On the importance of larval characters in the classification of mosquitoes - Number 25
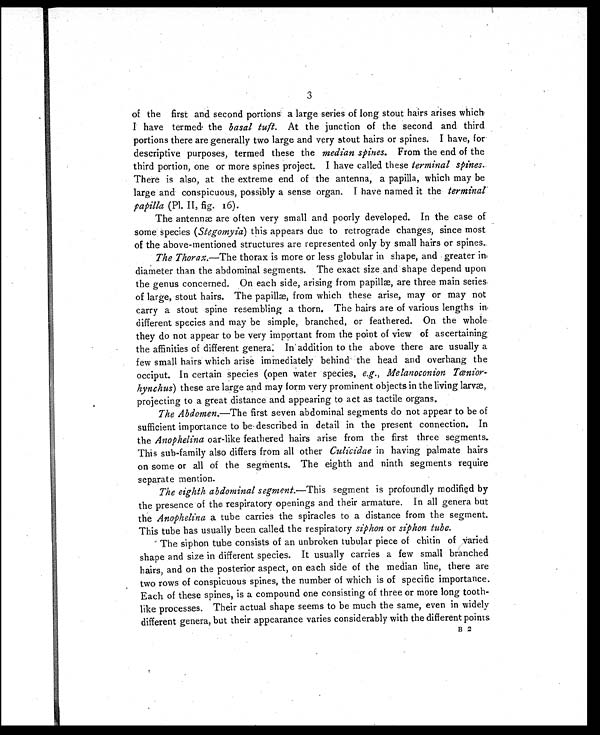
3
of the first and second portions a large series of long stout hairs arises which
I have termed the basal tuft. At the junction of the second and third
portions there are generally two large and very stout hairs or spines. I have, for
descriptive purposes, termed these the median spines. From the end of the
third portion, one or more spines project. I have called these terminal spines.
There is also, at the extreme end of the antenna, a papilla, which may be
large and conspicuous, possibly a sense organ. I have named it the terminal
papilla (Pl. II, fig. 16).
The antennæ are often very small and poorly developed. In the case of
some species ( Stegomyia) this appears due to retrograde changes, since most
of the above-mentioned structures are represented only by small hairs or spines.
The Thorax. —The thorax is more or less globular in shape, and greater in
diameter than the abdominal segments. The exact size and shape depend upon
the genus concerned. On each side, arising from papillæ, are three main series
of large, stout hairs. The papillæ, from which these arise, may or may not
carry a stout spine resembling a thorn. The hairs are of various lengths in
different species and may be simple, branched, or feathered. On the whole
they do not appear to be very important from the point of view of ascertaining
the affinities of different genera. In addition to the above there are usually a
few small hairs which arise immediately behind the head and overhang the
occiput. In certain species (open water species, e.g., Melanoconion Tænior-
hynchus) these are large and may form very prominent objects in the living larvæ,
projecting to a great distance and appearing to act as tactile organs.
The Abdomen. —The first seven abdominal segments do not appear to be of
sufficient importance to be described in detail in the present connection. In
the Anophelina oar-like feathered hairs arise from the first three segments.
This sub-family also differs from all other Culicidae in having palmate hairs
on some or all of the segments. The eighth and ninth segments require
separate mention.
The eighth abdominal segment. —This segment is profoundly modified by
the presence of the respiratory openings and their armature. In all genera but
the Anophelina a tube carries the spiracles to a distance from the segment.
This tube has usually been called the respiratory siphon or siphon tube.
The siphon tube consists of an unbroken tubular piece of chitin of varied
shape and size in different species. It usually carries a few small branched
hairs, and on the posterior aspect, on each side of the median line, there are
two rows of conspicuous spines, the number of which is of specific importance.
Each of these spines, is a compound one consisting of three or more long tooth-
like processes. Their actual shape seems to be much the same, even in widely
different genera, but their appearance varies considerably with the different points
B 2